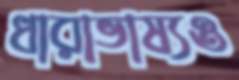
ধারাভাষ্যও